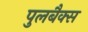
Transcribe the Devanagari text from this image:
पुलबैक्स